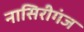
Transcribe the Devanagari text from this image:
नासिरीगंज